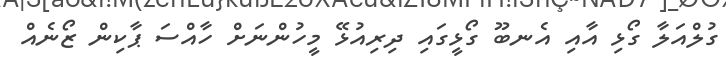
ގުލްއަލާ ގޯޅި އާއި އެނބޫ ގޯޅީގައި ދިރިއުޅޭ މީހުންނަށް ހާއްސަ ޕާކިން ޒޯނެއް